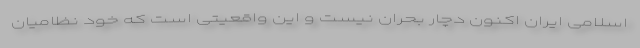
اسلامی ایران اکنون دچار بحران نیست و این واقعیتی است که خود نظامیان